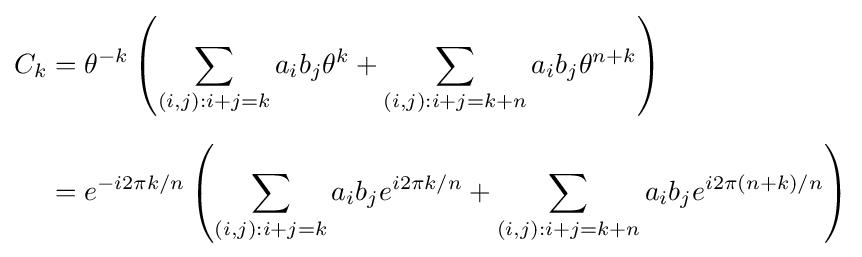
{\begin{aligned}C_{k}&=\theta ^{-k}\left(\sum _{(i,j):i+j=k}a_{i}b_{j}\theta ^{k}+\sum _{(i,j):i+j=k+n}a_{i}b_{j}\theta ^{n+k}\right)\\[6pt]&=e^{-i2\pi k/n}\left(\sum _{(i,j):i+j=k}a_{i}b_{j}e^{i2\pi k/n}+\sum _{(i,j):i+j=k+n}a_{i}b_{j}e^{i2\pi (n+k)/n}\right)\end{aligned}}